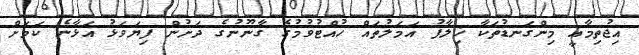
އިޖުތިމާއީ މިންގަނޑުތަކާ ޚިލާފު އަމަލުތައް ހުއްޓުވުމުގެ ގާނޫނުގެ ދަށުން ފިޔަވަޅު އަޅާނެ ކަމަށް